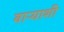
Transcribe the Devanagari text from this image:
वाऱ्याशी